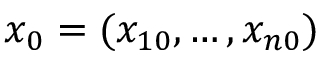
x _ { 0 } = ( x _ { 1 0 } , \dots , x _ { n 0 } )